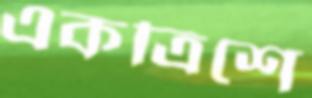
একত্রিশে